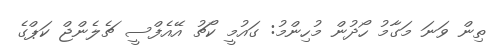
ތިން ވަނަ މަގާމު ހޯދުން މުހިންމު: ގައުމީ ކޯޗު އޭއެފްސީ ޗެލެންޖް ކަޕްގެ